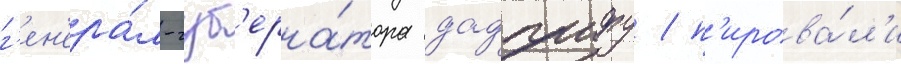
г'ен'ера́л-губ'ерна́тора дадзаифу / п'ирова́л'и